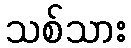
သစ်သား